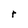
Character: r